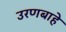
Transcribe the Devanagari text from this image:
उरणबाहे